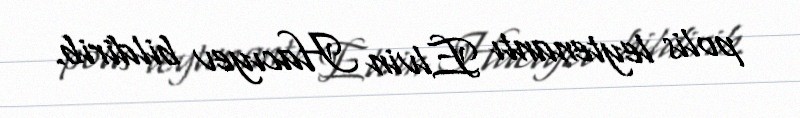
polis leytenantı Elvin Hacıyev bildirib.